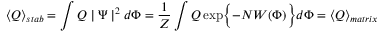
\langle Q \rangle _ { s t a b } = \int Q \mid \Psi \mid ^ { 2 } d \Phi = \frac { 1 } { Z } \int Q \exp \Bigl \{ - N W ( \Phi ) \Bigr \} d \Phi = \langle Q \rangle _ { m a t r i x }